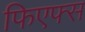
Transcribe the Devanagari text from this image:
फिएफ्स